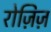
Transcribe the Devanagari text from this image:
रोज़िज़